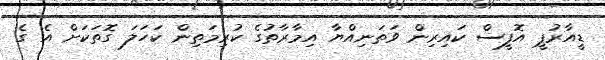
ޑީއާރުޕީ އޮފީސް ކައިރިން ވަތަނިއްޔާ އިމާރާތުގެ ކުރިމަތިން ކަހަލަ ގޮތަކަށް އެ ގެ